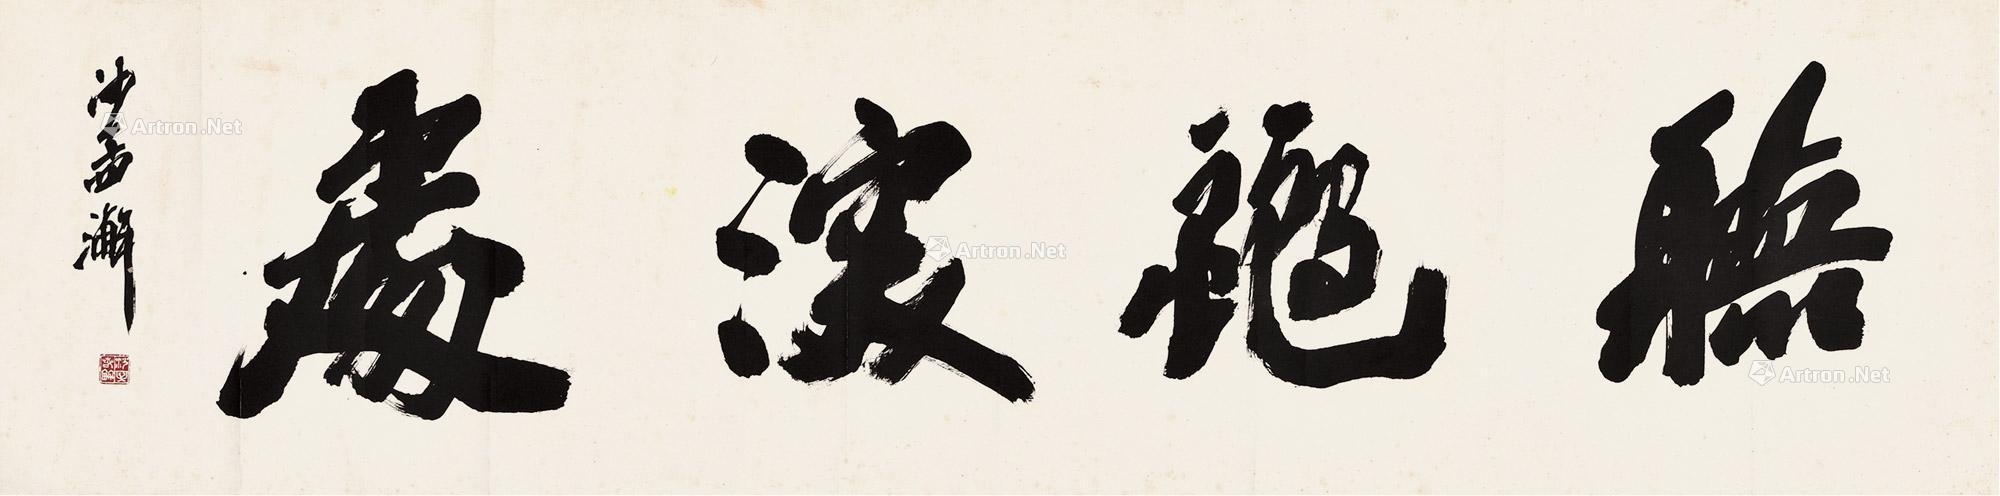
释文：听秋深处沙孟澣。